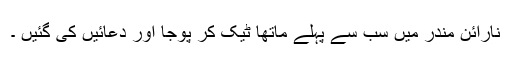
نارائن مندر میں سب سے پہلے ماتھا ٹیک کر پوجا اور دعائیں کی گئیں ۔